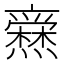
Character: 𱬩